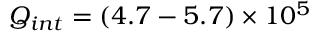
Q _ { i n t } = ( 4 . 7 - 5 . 7 ) \times 1 0 ^ { 5 }